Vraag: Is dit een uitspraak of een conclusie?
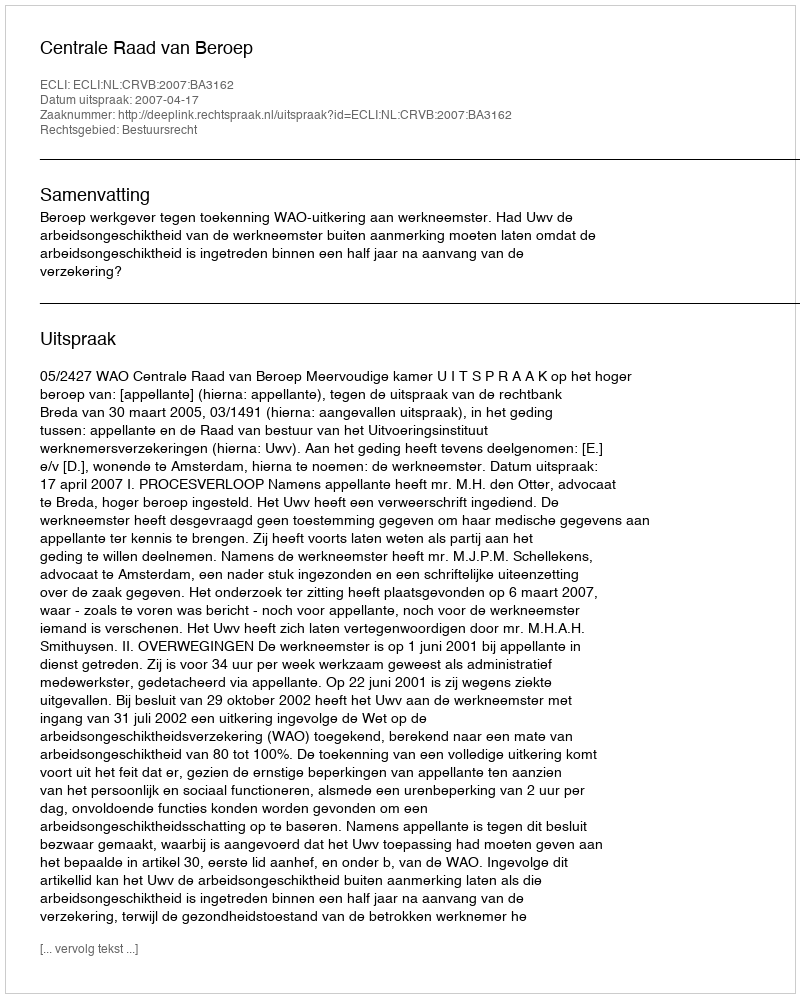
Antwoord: Uitspraak